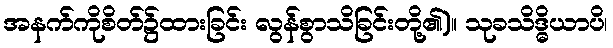
အနက်ကိုစိတ်၌ထားခြင်း လွန်စွာသိခြင်းတို့၏)။ သုခသိဒ္ဓိယာပိ၊